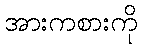
အားကစားကို